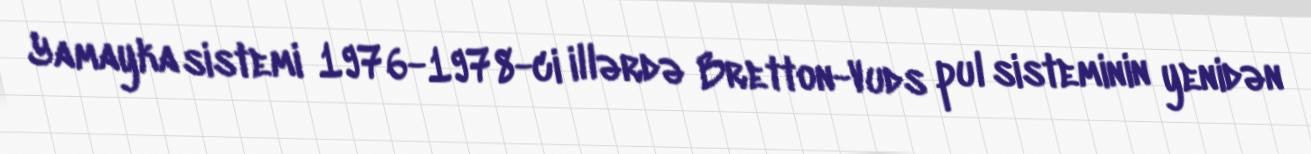
Yamayka sistemi 1976-1978-ci illərdə Bretton-Vuds pul sisteminin yenidən